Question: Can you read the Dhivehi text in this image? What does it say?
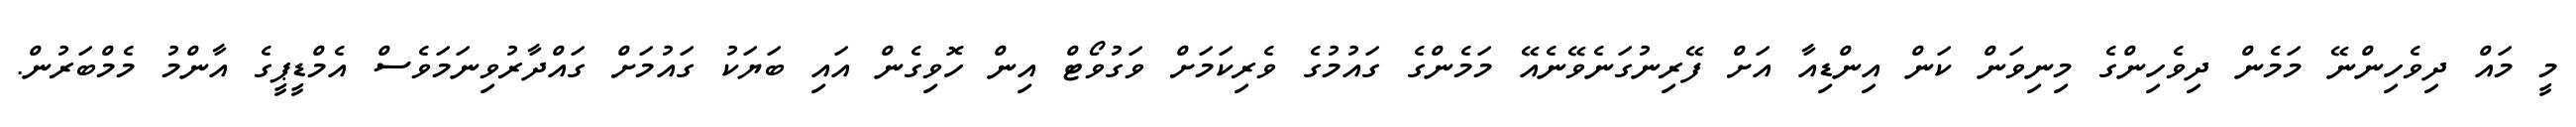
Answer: މީ މައް ދިވެހިންނޭ މަމެން ދިވެހިންގެ މިނިވަން ކަން އިންޑިއާ އަށް ފޭރިނުގަނެވޭނެއޭ މަމެންގެ ގައުމުގެ ވެރިކަމަށް ވަގުވޯޓް އިން ހޮވިގެން އައި ބަޔަކު ގައުމަށް ގައްދާރުވިނަމަވެސް އެމްޑީޕީގެ އާންމު މެމްބަރުން.